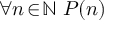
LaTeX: \forall n \! \in \! \mathbb { N } \; P ( n )